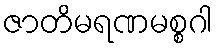
ဇာတိမရဏမစ္စဂါ